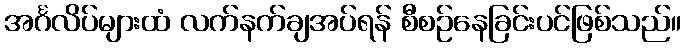
အင်္ဂလိပ်များထံ လက်နက်ချအပ်ရန် စီစဉ်နေခြင်းပင်ဖြစ်သည်။